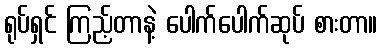
ရုပ်ရှင် ကြည့်တာနဲ့ ပေါက်ပေါက်ဆုပ် စားတာ။